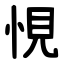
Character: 悓